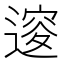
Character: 𨕦